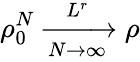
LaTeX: \rho_{0}^{N}\xrightarrow[N\rightarrow\infty]{L^{r}}\rho